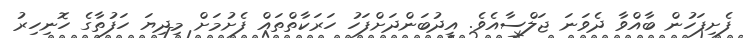
ފެށިފަހުން ބާއްވާ ދެވަނަ ޖަލްސާއެވެ. އީދުބަންދަށްފަހު ހަރަކާތްތައް ފެށުމަށް މިދިޔަ ހަފުތާގެ ހޮނިހިރު